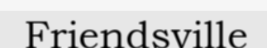
Friendsville